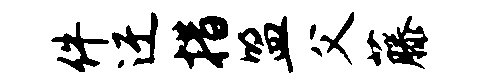
件迂措盟父藤